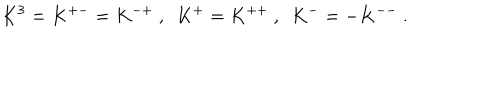
LaTeX: K ^ { 3 } = K ^ { + - } = K ^ { - + } ~ , ~ ~ K ^ { + } = K ^ { + + } ~ , ~ ~ K ^ { - } = - K ^ { -- } ~ .